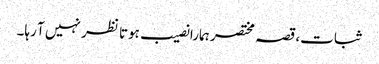
ثبات، قصہ مختصر ہمارا نصیب ہوتا نظر نہیں آ رہا۔